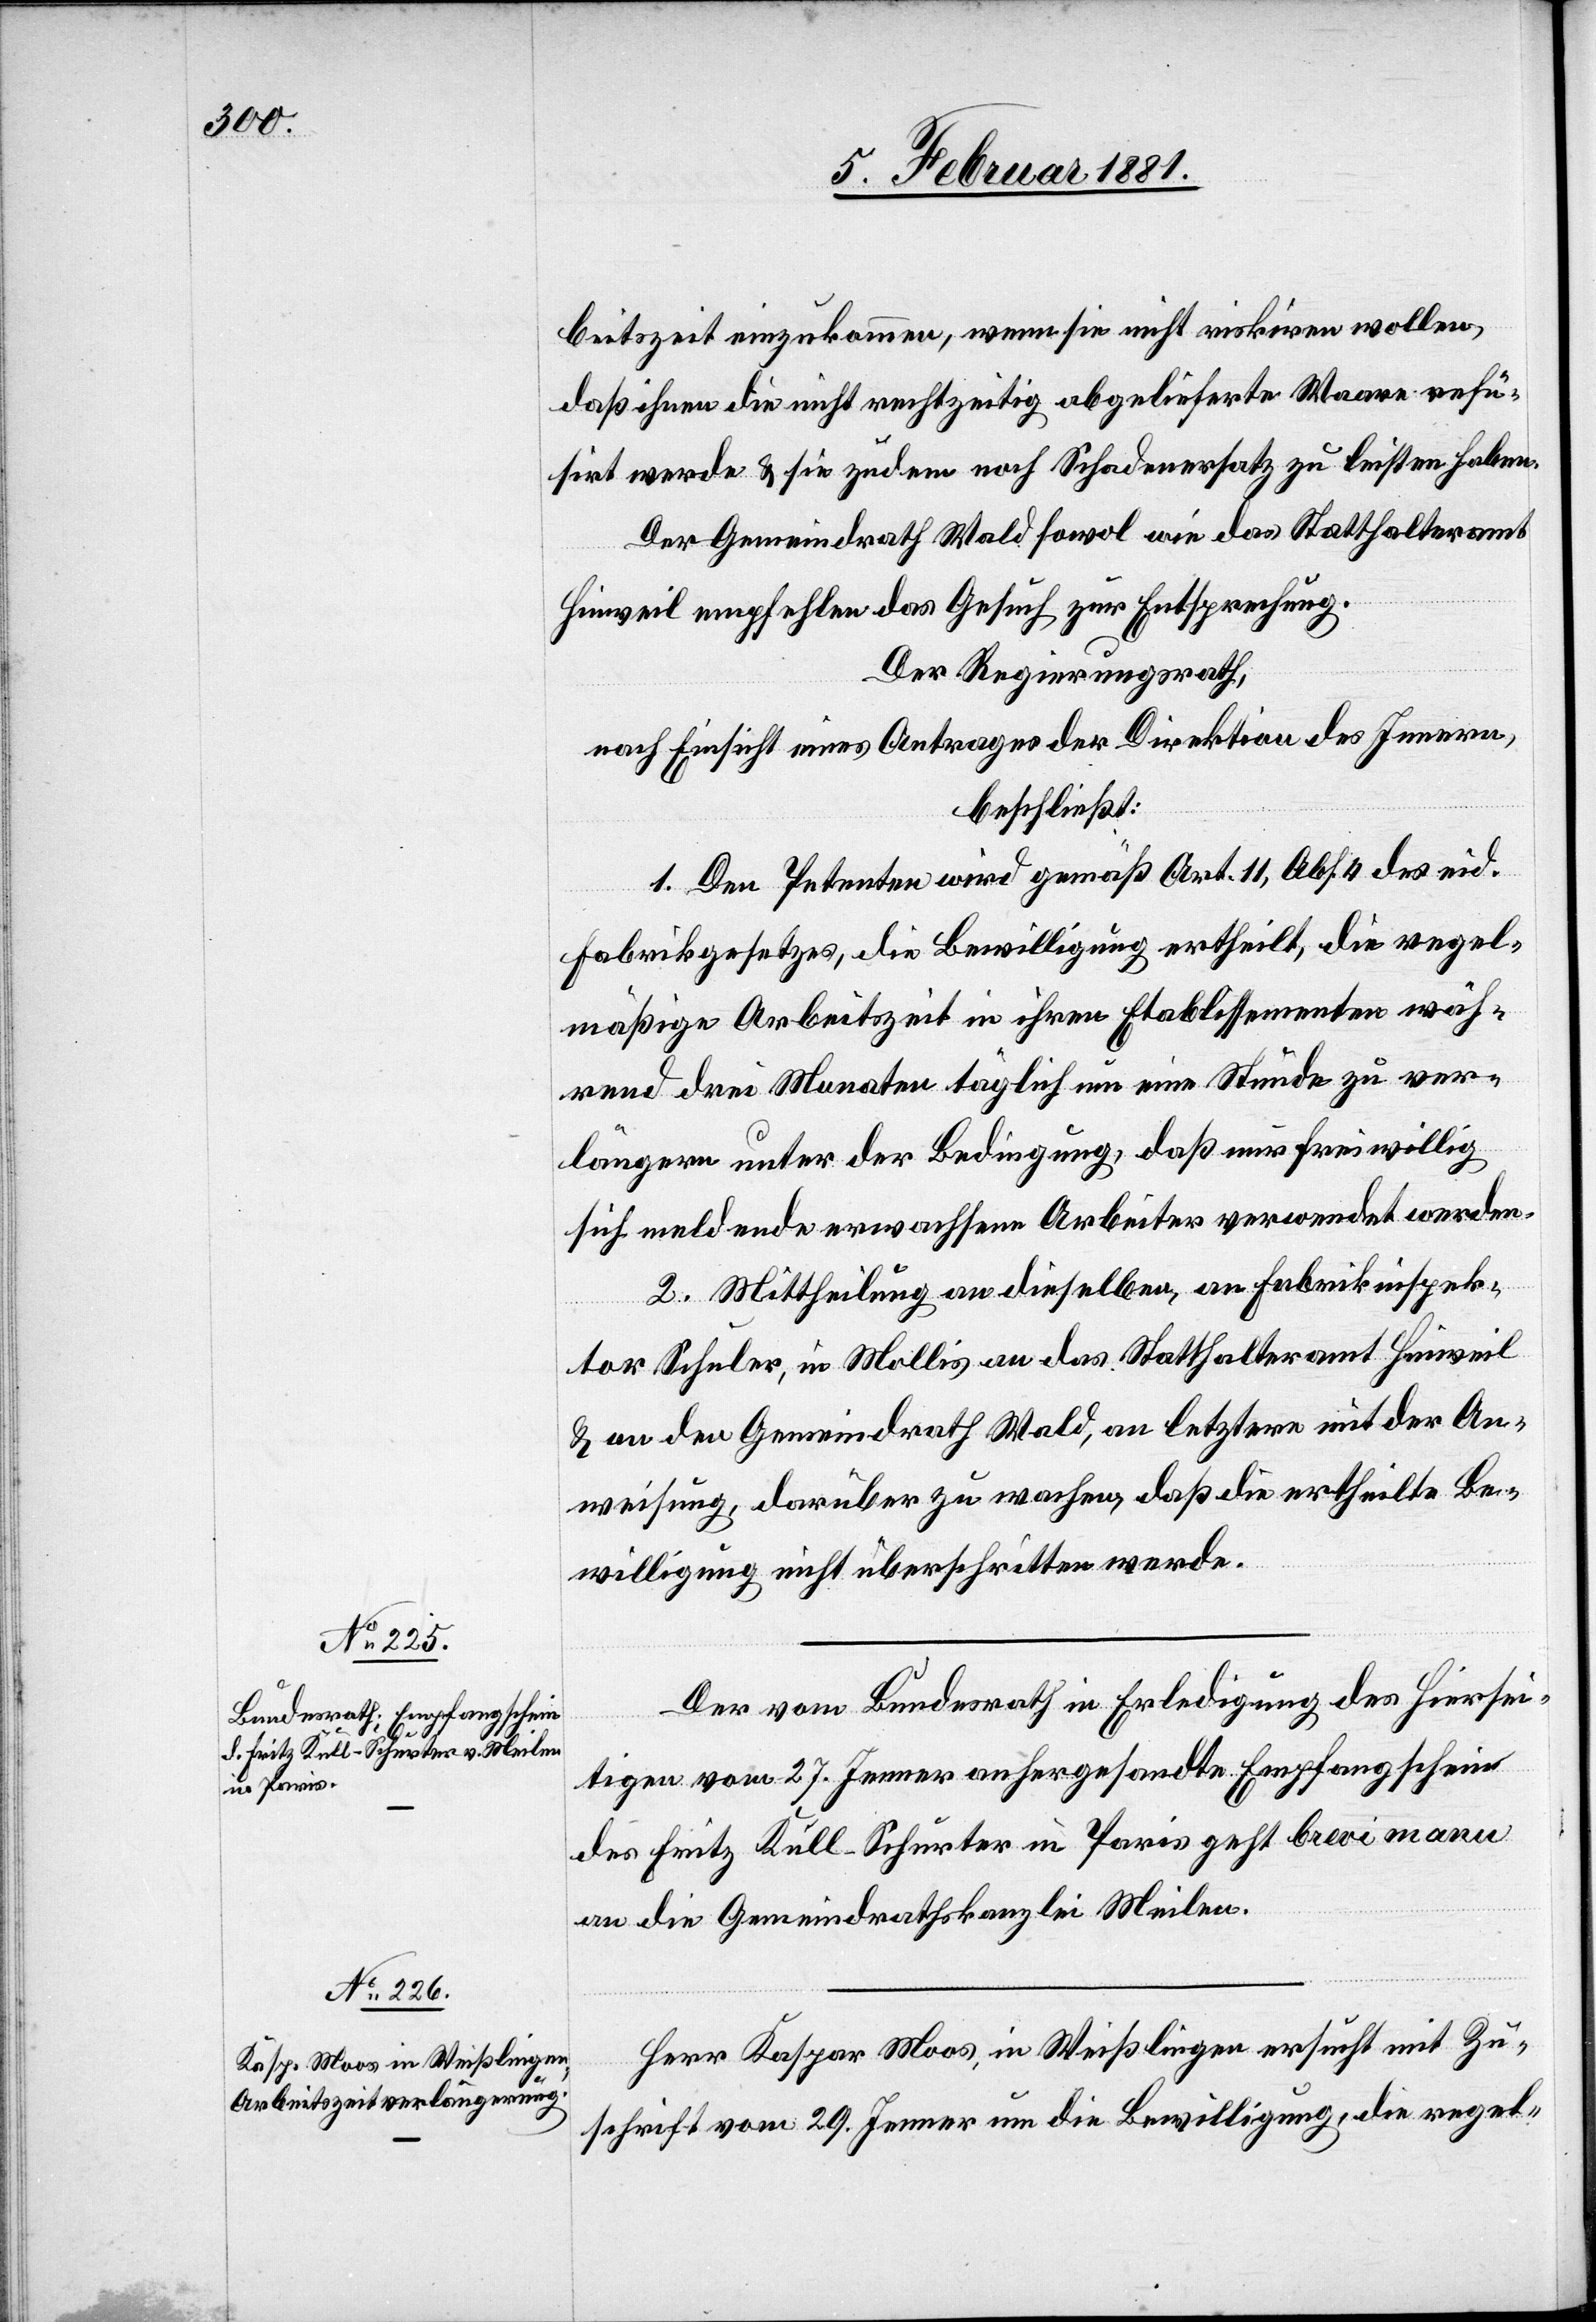
8. Februar 1881.]
beitszeit einzukommen, wenn sie nicht riskiren wollen,
daß ihnen die nicht rechtzeitig abgelieferte Waare refü¬
sirt werde & sie zudem noch Schadenersatz zu leisten haben.
Der Gemeindrath Wald sowol wie das Statthalteramt
Hinweil empfehlen das Gesuch zur Entsprechung.
Der Regierungsrath,
nach Einsicht eines Antrages der Direktion des Innern,
beschließt:
1. Den Petenten wird gemäß Art. 11, Abs. 4 des eid.
Fabrikgesetzes, die Bewilligung ertheilt, die regel¬
mäßige Arbeitszeit in ihren Etablissementen wäh¬
rend drei Monaten täglich um eine Stunde zu ver¬
längern unter der Bedingung, daß nur freiwillig
sich meldende erwachsene Arbeiter verwendet werden.
2. Mittheilung an dieselben, an Fabrikinspek¬
tor Schuler, in Mollis an das Statthalteramt Hinweil
& an den Gemeindrath Wald, letztere mit der An¬
weisung, darüber zu wachen, daß die ertheilte Be¬
willigung nicht überschritten werde.
Der vom Bundesrath in Erledigung des hiersei¬
tigen vom 27. Jenner anhergesandte Empfangschein
des Fritz Kull-Schurter in Paris geht brevi mann
an die Gemeindrathskanzlei Meilen.
Herr Kaspar Moos, in Weißlingen ersucht mit Zu¬
schrift vom 29. Jenner um die Bewilligung, die regel-